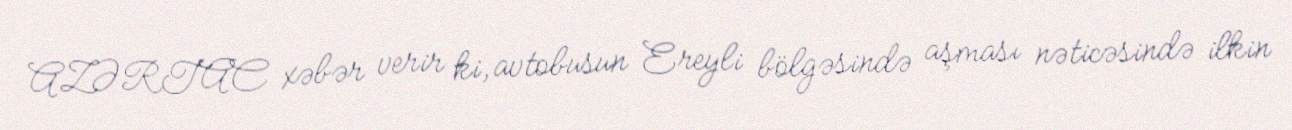
AZƏRTAC xəbər verir ki, avtobusun Ereyli bölgəsində aşması nəticəsində ilkin